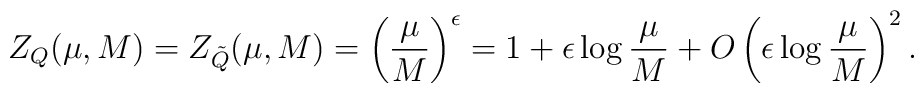
Z_{Q} (\mu, M) = Z_{\tilde{Q}}(\mu, M) = \left( \frac{\mu}{M}         \right)^{\epsilon} = 1 + \epsilon \log \frac{\mu}{M}         + O\left(\epsilon\log \frac{\mu}{M}\right)^{2}.